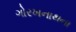
ગોરખનાથના